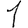
Digit: 1